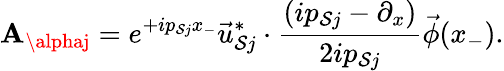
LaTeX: \mathbf{A}_{\alphaj}=e^{+ip_{\mathcal{S}j}x_{-}}\vec{{u}}_{\mathcal{S}j}^{*}\cdot\frac{{(ip_{\mathcal{S}j}-\partial_{x})}}{{2ip_{\mathcal{S}j}}}\vec{{\phi}}(x_{-}).